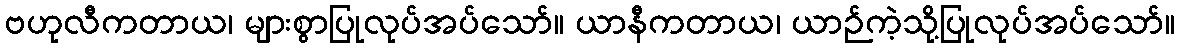
ဗဟုလီကတာယ၊ များစွာပြုလုပ်အပ်သော်။ ယာနီကတာယ၊ ယာဉ်ကဲ့သို့ပြုလုပ်အပ်သော်။